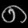
Digit: ၈